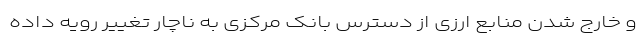
و خارج شدن منابع ارزی از دسترس بانک مرکزی به ناچار تغییر رویه داده